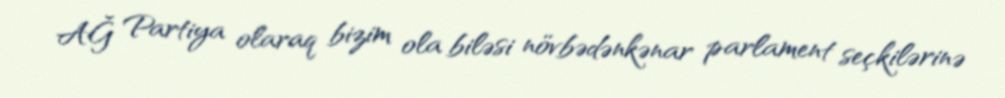
AĞ Partiya olaraq bizim ola biləsi növbədənkənar parlament seçkilərinə